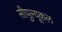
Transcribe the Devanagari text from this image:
सीपुल्यूकल